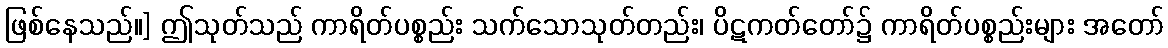
ဖြစ်နေသည်။] ဤသုတ်သည် ကာရိတ်ပစ္စည်း သက်သောသုတ်တည်း၊ ပိဋကတ်တော်၌ ကာရိတ်ပစ္စည်းများ အတော်